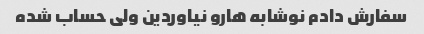
سفارش دادم نوشابه هارو نیاوردین ولی حساب شده